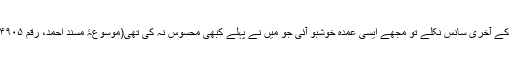
آپ کے آخری سانس نکلے تو مجھے ایسی عمدہ خوشبو آئی جو میں نے پہلے کبھی محسوس نہ کی تھی(موسوعۂ مسند احمد، رقم ۲۴۹۰۵)۔